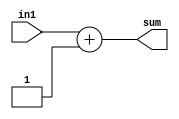
module DW01_inc_oper(in1,sum);
  parameter wordlength = 8;

  input [wordlength-1:0] in1;
  output [wordlength-1:0] sum;
 
  assign  sum = in1 + 1;
endmodule